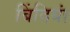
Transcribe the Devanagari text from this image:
बिंदियां